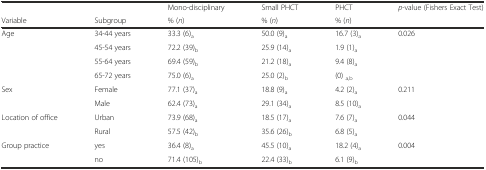
<table><thead><tr><td></td><td></td><td><b>Mono-disciplinary</b></td><td><b>Small PHCT</b></td><td><b>PHCT</b></td><td><b><i>p</i>-value (Fishers Exact Test)</b></td></tr><tr><td><b>Variable</b></td><td><b>Subgroup</b></td><td><b>% (<i>n</i>)</b></td><td><b>% (<i>n</i>)</b></td><td><b>% (<i>n</i>)</b></td><td></td></tr></thead><tbody><tr><td rowspan="4">Age</td><td>34-44 years</td><td>33.3 (6)<sub>a</sub></td><td>50.0 (9)<sub>a</sub></td><td>16.7 (3)<sub>a</sub></td><td rowspan="4">0.026</td></tr><tr><td>45-54 years</td><td>72.2 (39)<sub>b</sub></td><td>25.9 (14)<sub>a</sub></td><td>1.9 (1)<sub>a</sub></td></tr><tr><td>55-64 years</td><td>69.4 (59)<sub>b</sub></td><td>21.2 (18)<sub>a</sub></td><td>9.4 (8)<sub>a</sub></td></tr><tr><td>65-72 years</td><td>75.0 (6)<sub>a</sub></td><td>25.0 (2)<sub>b</sub></td><td>(0) <sub>a,b</sub></td></tr><tr><td rowspan="2">Sex</td><td>Female</td><td>77.1 (37)<sub>a</sub></td><td>18.8 (9)<sub>a</sub></td><td>4.2 (2)<sub>a</sub></td><td rowspan="2">0.211</td></tr><tr><td>Male</td><td>62.4 (73)<sub>a</sub></td><td>29.1 (34)<sub>a</sub></td><td>8.5 (10)<sub>a</sub></td></tr><tr><td rowspan="2">Location of office</td><td>Urban</td><td>73.9 (68)<sub>a</sub></td><td>18.5 (17)<sub>a</sub></td><td>7.6 (7)<sub>a</sub></td><td rowspan="2">0.044</td></tr><tr><td>Rural</td><td>57.5 (42)<sub>b</sub></td><td>35.6 (26)<sub>b</sub></td><td>6.8 (5)<sub>a</sub></td></tr><tr><td rowspan="2">Group practice</td><td>yes</td><td>36.4 (8)<sub>a</sub></td><td>45.5 (10)<sub>a</sub></td><td>18.2 (4)<sub>a</sub></td><td rowspan="2">0.004</td></tr><tr><td>no</td><td>71.4 (105)<sub>b</sub></td><td>22.4 (33)<sub>b</sub></td><td>6.1 (9)<sub>b</sub></td></tr></tbody></table>